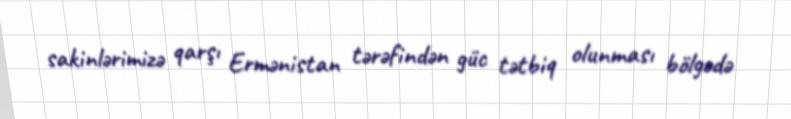
sakinlərimizə qarşı Ermənistan tərəfindən güc tətbiq olunması bölgədə